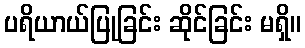
ပရိယာယ်ပြုခြင်း ဆိုင်ခြင်း မရှိ။